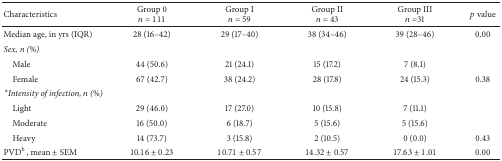
<table><thead><tr><td><b>Characteristics</b></td><td><b>Group 0<i>n</i> = 111</b></td><td><b>Group I<i>n</i> = 59</b></td><td><b>Group II<i>n</i> = 43</b></td><td><b>Group III<i>n</i> =31</b></td><td><b><i>p</i> value</b></td></tr></thead><tbody><tr><td>Median age, in yrs (IQR)</td><td>28 (16–42)</td><td>29 (17–40)</td><td>38 (34–46)</td><td>39 (28–46)</td><td>0.00</td></tr><tr><td><i>Sex, n (%)</i></td><td> </td><td> </td><td> </td><td> </td><td> </td></tr><tr><td>Male</td><td>44 (50.6)</td><td>21 (24.1)</td><td>15 (17.2)</td><td>7 (8.1)</td><td> </td></tr><tr><td>Female</td><td>67 (42.7)</td><td>38 (24.2)</td><td>28 (17.8)</td><td>24 (15.3)</td><td>0.38</td></tr><tr><td> <sup>a</sup><i>Intensity of infection, n (%)</i></td><td> </td><td> </td><td> </td><td> </td><td> </td></tr><tr><td>Light</td><td>29 (46.0)</td><td>17 (27.0)</td><td>10 (15.8)</td><td>7 (11.1)</td><td> </td></tr><tr><td>Moderate</td><td>16 (50.0)</td><td>6 (18.7)</td><td>5 (15.6)</td><td>5 (15.6)</td><td> </td></tr><tr><td>Heavy</td><td>14 (73.7)</td><td>3 (15.8)</td><td>2 (10.5)</td><td>0 (0.0)</td><td>0.43</td></tr><tr><td>PVD<sub> </sub><sup>b</sup> , mean ± SEM</td><td>10.16 ± 0.23</td><td>10.71 ± 0.57</td><td>14.32 ± 0.57</td><td>17.63 ± 1.01</td><td>0.00</td></tr></tbody></table>